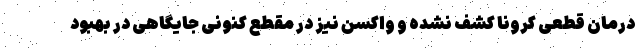
درمان قطعی کرونا کشف نشده و واکسن نیز در مقطع کنونی جایگاهی در بهبود